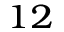
^ { 1 2 }